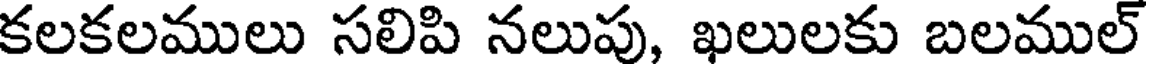
కలకలములు సలిపి నలుపు, ఖలులకు బలముల్